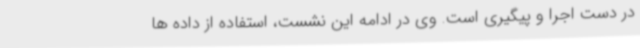
در دست اجرا و پیگیری است. وی در ادامه این نشست، استفاده از داده ها